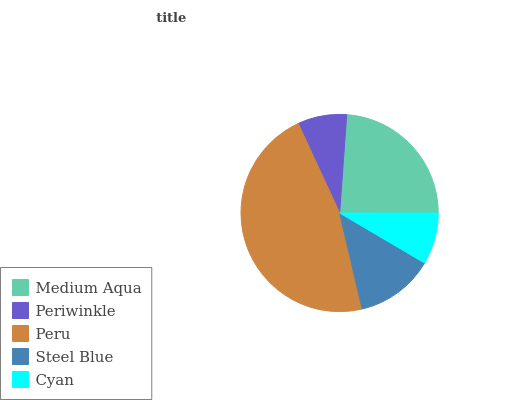
| Medium Aqua | Periwinkle | Peru | Steel Blue | Cyan |
 | --- | --- | --- | --- | --- |
 | 23.9% | 8.05% | 46.8% | 12.9% | 8.46% |